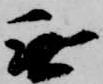
無